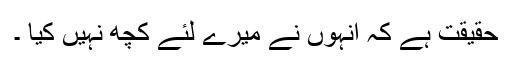
حقیقت ہے کہ انہوں نے میرے لئے کچھ نہیں کیا ۔